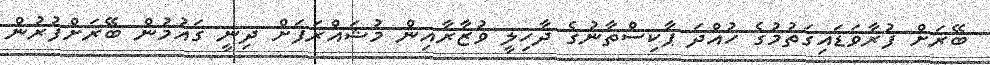
ބޭރަށް ފުރާވަޑައިގަތުމުގެ ހުއްދަ ޕާކިސްތާނުގެ ދާހިލީ ވުޒާރާއިން މުޝައްރަފަށް ދިނީ ގައުމުން ބޭރަށްފުރުން